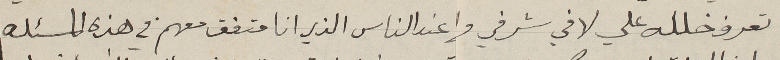
تعرف خلله علي لافي شرفي وا عند الناس الذي انا متفق معهم في هذه المسئله